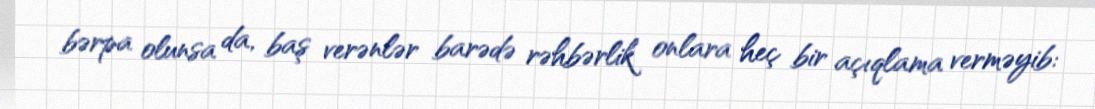
bərpa olunsa da, baş verənlər barədə rəhbərlik onlara heç bir açıqlama verməyib: